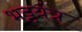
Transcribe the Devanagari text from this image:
भट्टयंत्र